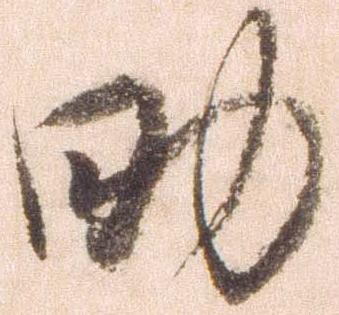
助